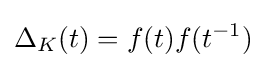
\Delta _{K}(t)=f(t)f(t^{-1})